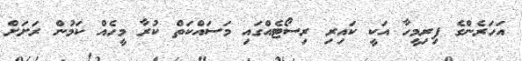
އަަހަރެންގެ ފިރިމީހާ އަކީ ކައިރި ރިސޯޓެއްގައި މަސައްކަތް ކުރާ މީހެއް ކަމުން ރަށަށް